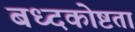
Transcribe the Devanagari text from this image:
बध्दकोष्टता